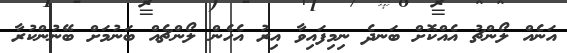
އަނެއް ލޯންޗު އެއްކޮށް ބަނދެ ނިމިފައިވާ އިރު އެހެން ލޯންޗެއް ބަނުމަށް ބޭނުންކުރާ